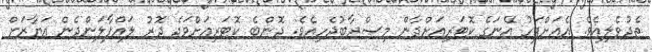
ތެދުވެލިއެވެ. އެއަށްފަހު އޭނަގެ ކޮޓަރިއަށްދާން މިޞްރާބުޖެހިއެވެ. ދޮންބެ ކޮޓަރިއަށްވަދެ ދޮރު ލައްޕާލަންދެން އަޔާޒަށް